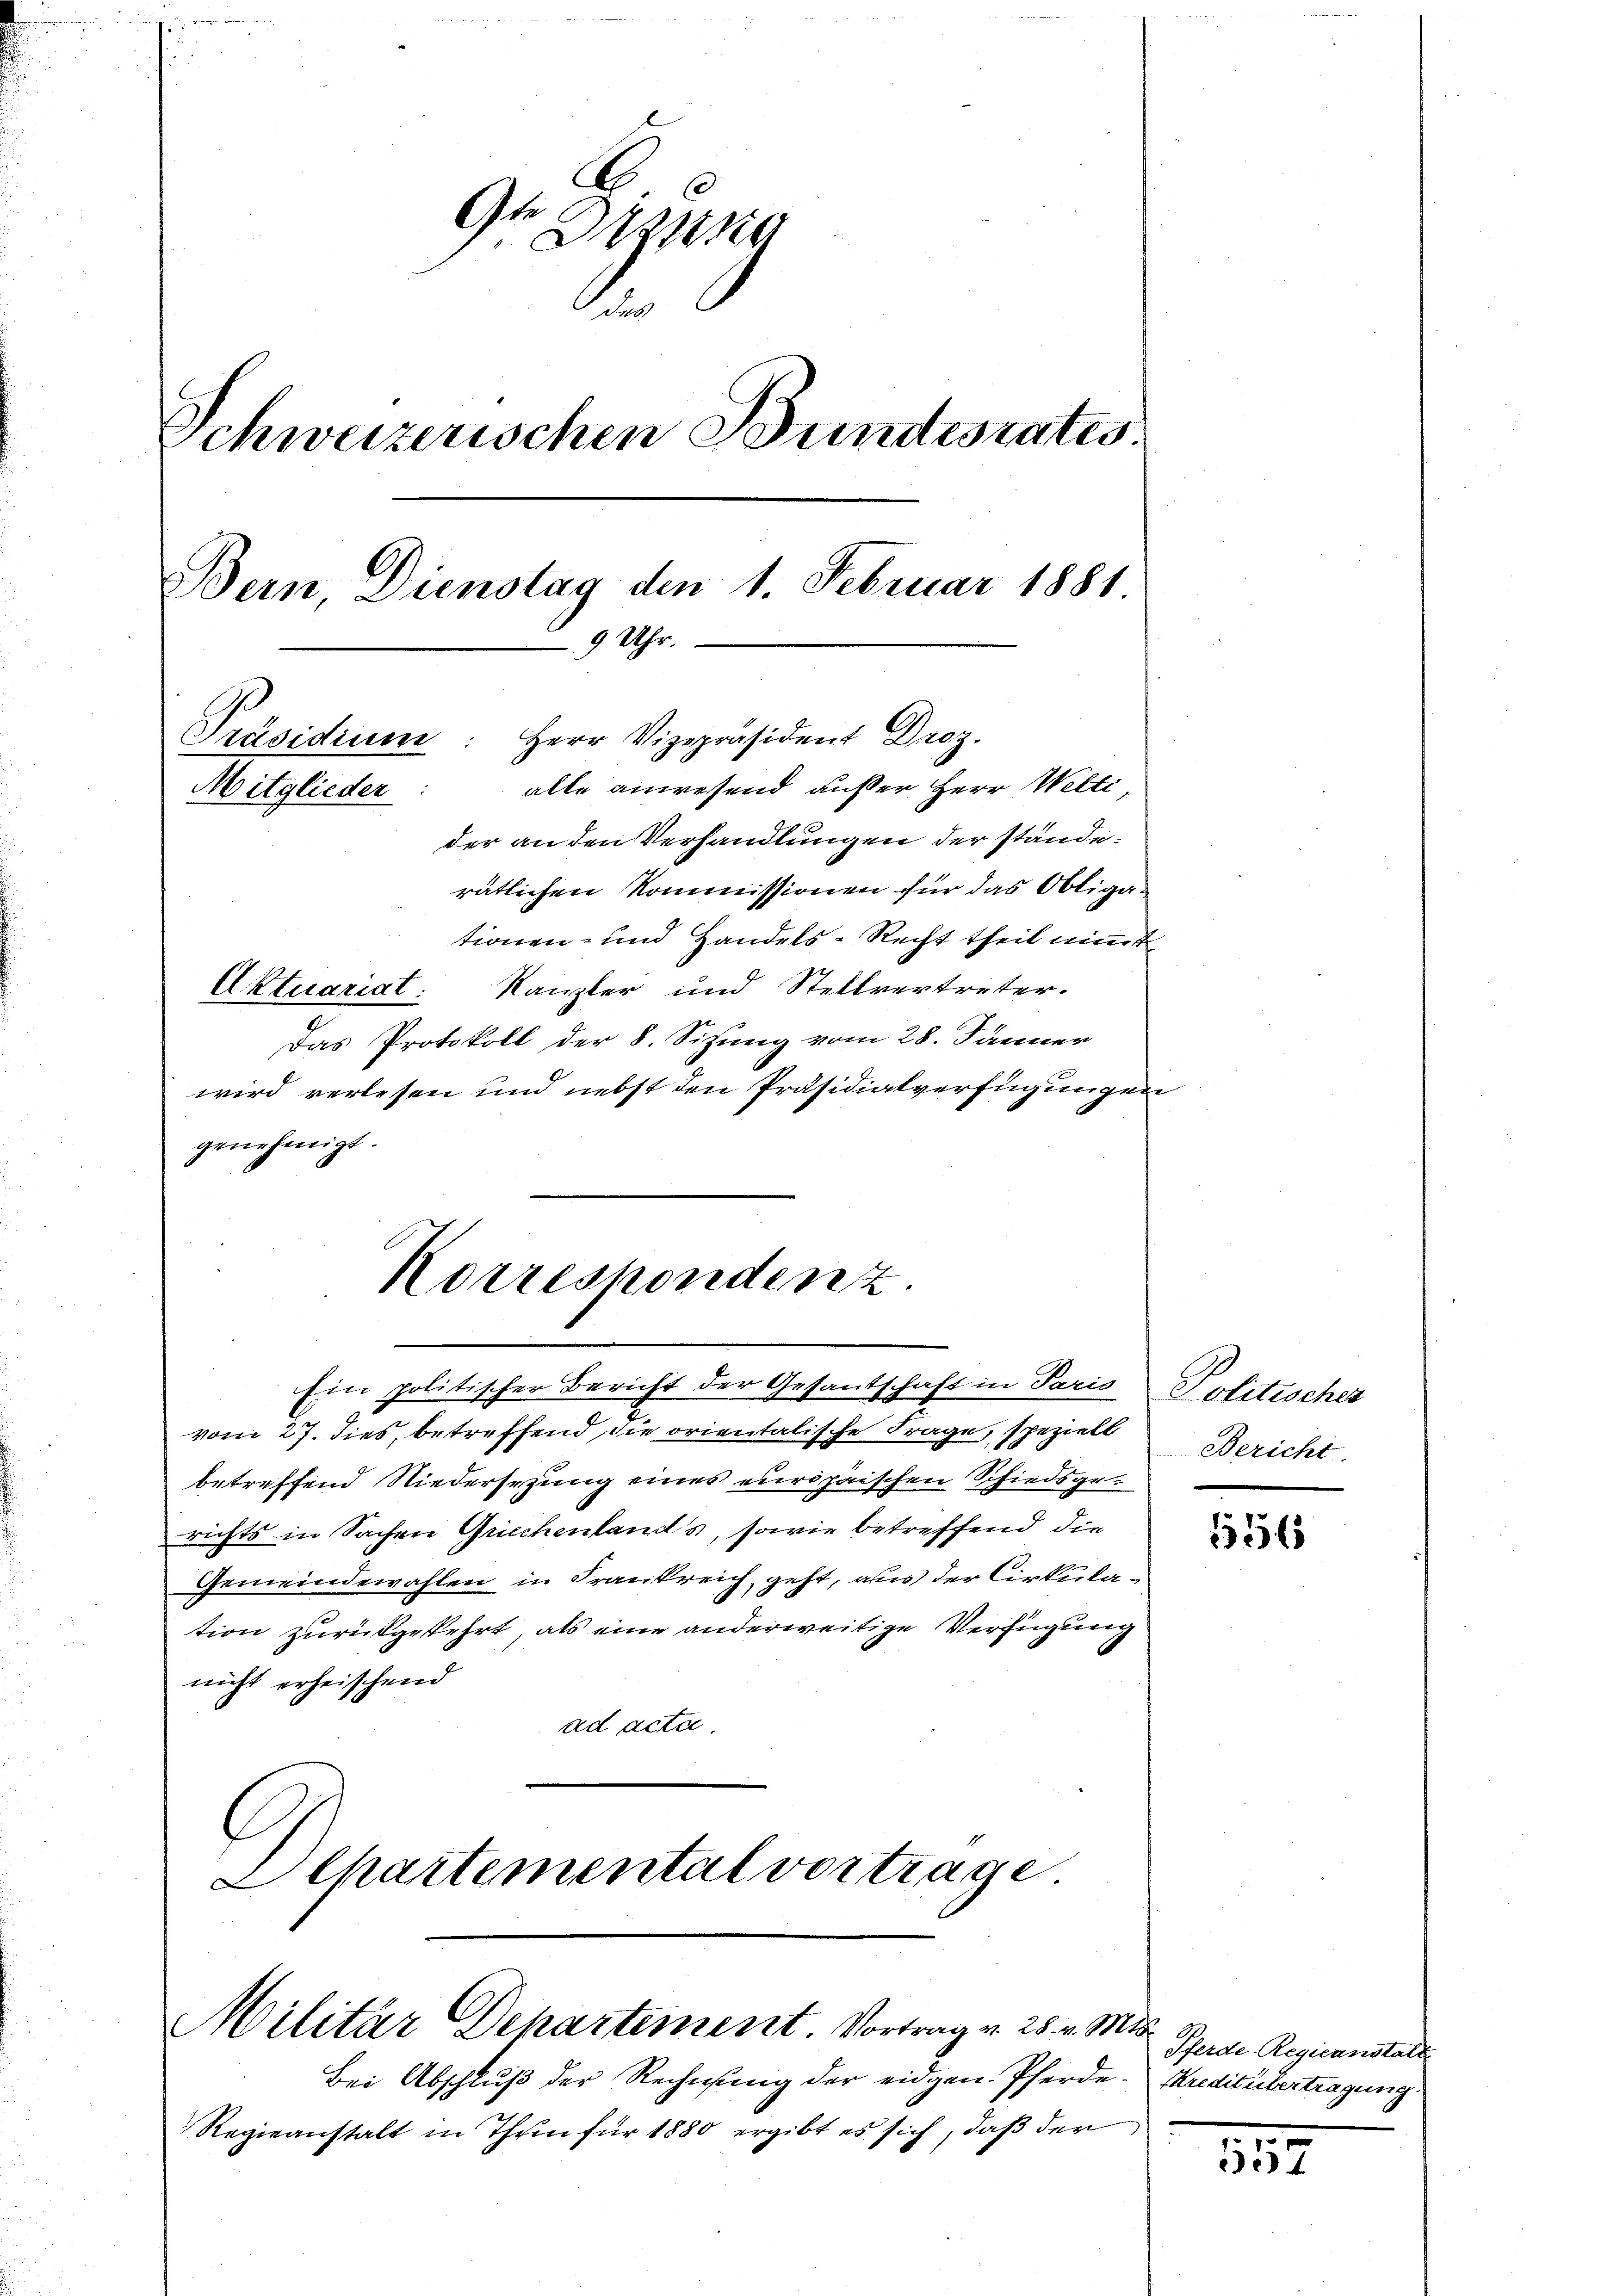
0
Ge
Drzung
Schweizerischen Bundesrates.
Bein Dienstag den 1. Februar 1881
9 Uhr.
Präsidium: Herr Vizepräsident Droz.
alle anwesend außer Herr Welti
Mitglieder:
der an den Verhandlungen der stände.
rätlichen Kommissionen für das Obliga¬

Korrespondenz

tionen- und Handels-Recht theil nimmt
Aktuariat: Kanzler und Stellvertreter.
Das Protokoll der 8. Sitzung vom 28. Jänner
wird verlesen und nebst den Präsidialverfügungen
genehmigt.
Ein politischer Bericht der Gesantschaft in Paris
vom 27. dies, betreffend die orientalische Frage, speziell
betreffend Niedersezung eines europäischen Schiedsgerichts in Sachen Griechenlands, sowie betreffend die
Gemeindewahlen in Frankreich geht, aus der Cirkulation zurückgekehrt, als eine anderweitige Verfügung
nicht erheischend
ad acta
CChartemental vortrage

Militar Departement Vortrag v. 25. v. Mts.

Bei Abschluß der Rechnung der eidgen. Pferde. Kreditübertragung
Regieanstalt in Thun für 1880 ergibt es sich, daß der

Politischer
Bericht

556

Pferde-Regieanstatt

157